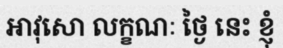
អាវុសោ លក្ខណៈ ថ្ងៃ នេះ ខ្ញុំ